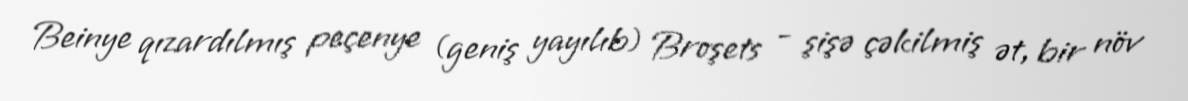
Beinye qızardılmış peçenye (geniş yayılıb) Broşets - şişə çəkilmiş ət, bir növ